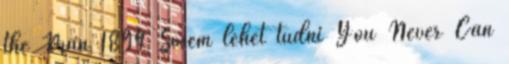
the Man 1894 Sosem lehet tudni You Never Can